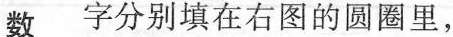
数 字分别填在右图的圆圈里，